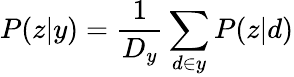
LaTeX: P(z|y)=\frac{1}{D_{y}}\sum_{d\in y}P(z|d)